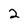
Character: 2